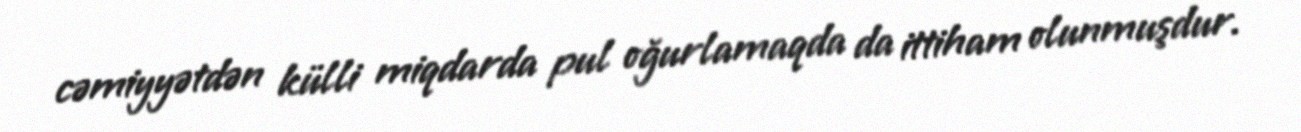
cəmiyyətdən külli miqdarda pul oğurlamaqda da ittiham olunmuşdur.